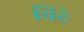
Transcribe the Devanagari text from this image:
चिढ़े